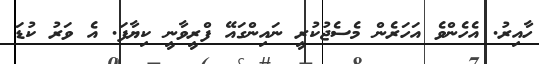
ހާއިރު. އެހެންވެ އަހަރެން މެސެޖުކުރީ ނައިންގައޭ ފްރީވާނީ ކިޔާފަ. އެ ވަރު ކުޑަ